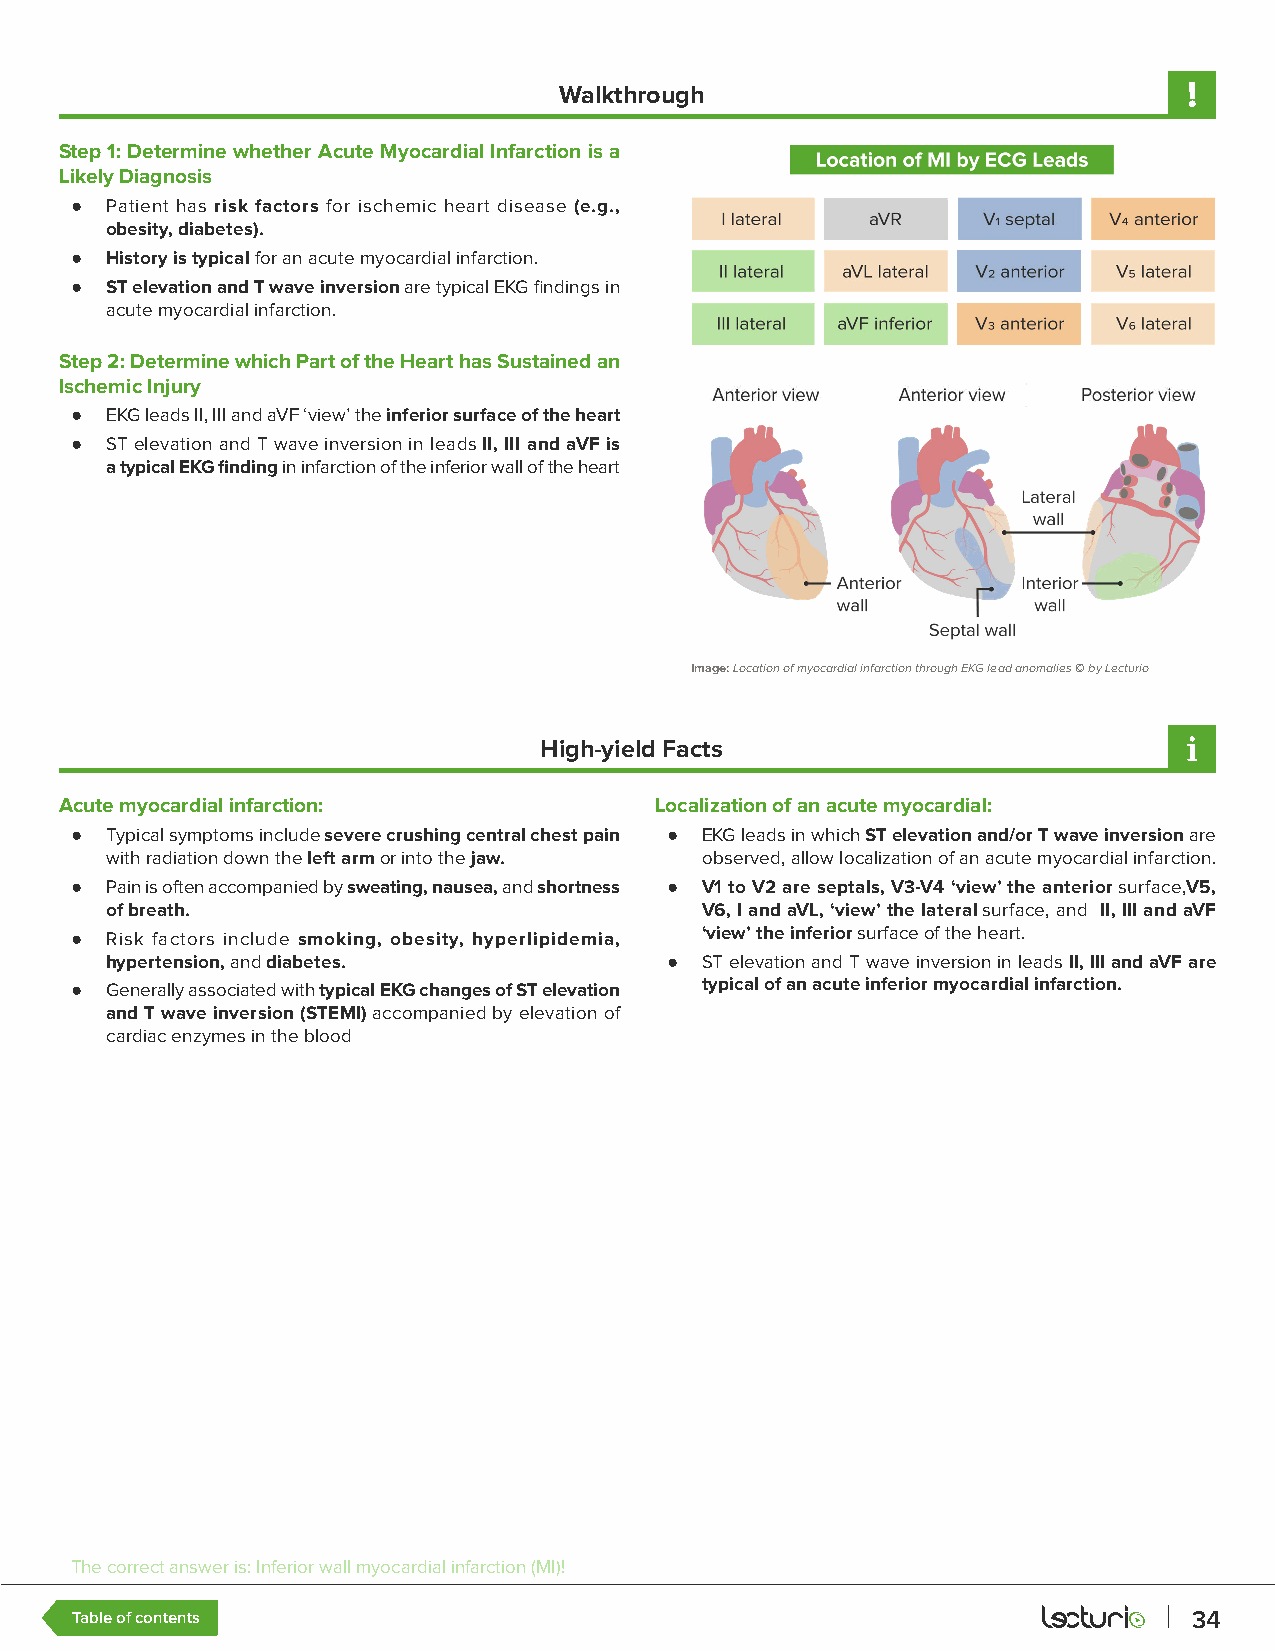
Walkthrough
 Step 1: Determine whether Acute Myocardial Infarction is a
 Likely Diagnosis
 ● Patient has risk factors for ischemic heart disease (e.g.,
 obesity, diabetes).
 ● History is typical for an acute myocardial infarction.
 ● ST elevation and T wave inversion are typical EKG findings in
 acute myocardial infarction.
 Step 2: Determine which Part of the Heart has Sustained an
 Ischemic Injury
 ● EKG leads II, III and aVF ‘view’ the inferior surface of the heart
 ● ST elevation and T wave inversion in leads II, III and aVF is
 a typical EKG finding in infarction of the inferior wall of the heart
 Image: Location of myocardial infarction through EKG lead anomalies © by Lecturio
 High-yield Facts
 Acute myocardial infarction:           Localization of an acute myocardial:
 ● Typical symptoms include severe crushing central chest pain ● EKG leads in which ST elevation and/or T wave inversion are
 with radiation down the left arm or into the jaw. observed, allow localization of an acute myocardial infarction.
 ● Pain is often accompanied by sweating, nausea, and shortness ● V1 to V2 are septals, V3-V4 ‘view’ the anterior surface,V5,
 of breath.                             V6, I and aVL, ‘view’ the lateral surface, and II, III and aVF
 ● Risk factors include smoking, obesity, hyperlipidemia, ‘view’ the inferior surface of the heart.
 hypertension, and diabetes.          ● ST elevation and T wave inversion in leads II, III and aVF are
 ● Generally associated with typical EKG changes of ST elevation typical of an acute inferior myocardial infarction.
 and T wave inversion (STEMI) accompanied by elevation of
 cardiac enzymes in the blood
 The correct answer is: Inferior wall myocardial infarction (MI)!
 Table of contents                                                         34